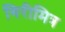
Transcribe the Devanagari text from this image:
गिरीमित्र